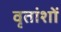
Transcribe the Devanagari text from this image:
वृतांशों